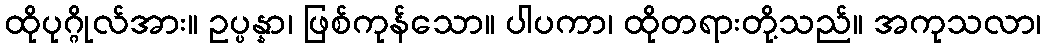
ထိုပုဂ္ဂိုလ်အား။ ဥပ္ပန္နာ၊ ဖြစ်ကုန်သော။ ပါပကာ၊ ထိုတရားတို့သည်။ အကုသလာ၊